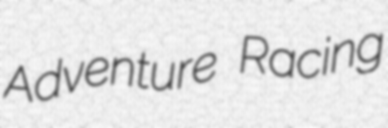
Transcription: Adventure Racing